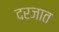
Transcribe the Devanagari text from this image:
दरजात